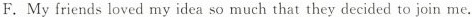
F.My friends loved my idea so much that they decided to join me.